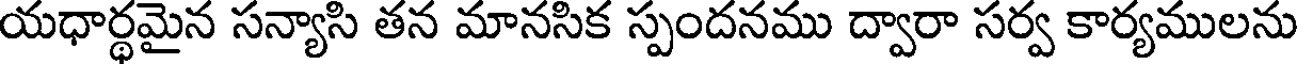
యధార్థమైన సన్యాసి తన మానసిక స్పందనము ద్వారా సర్వ కార్యములను